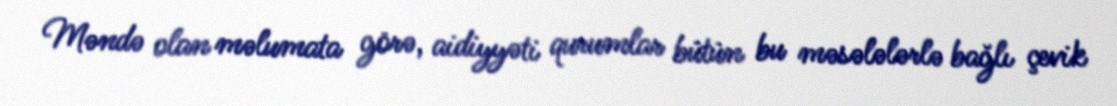
Məndə olan məlumata görə, aidiyyəti qurumlar bütün bu məsələlərlə bağlı çevik